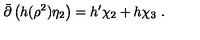
\bar { \partial } \left( h ( \rho ^ { 2 } ) \eta _ { 2 } \right) = h ^ { \prime } \chi _ { 2 } + h \chi _ { 3 } \ .